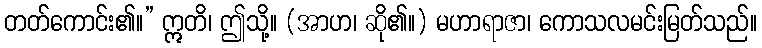
တတ်ကောင်း၏။” ဣတိ၊ ဤသို့။ (အာဟ၊ ဆို၏။) မဟာရာဇာ၊ ကောသလမင်းမြတ်သည်။